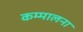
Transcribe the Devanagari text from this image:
कम्मालना